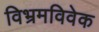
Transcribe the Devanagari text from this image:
विभ्रमविवेक